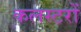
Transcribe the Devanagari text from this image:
कलस्टरों